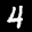
Label: 4